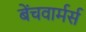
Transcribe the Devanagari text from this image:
बेंचवार्मर्स